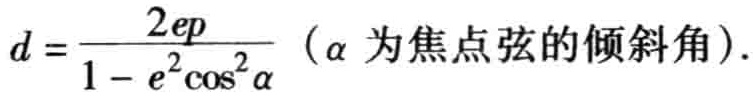
\(d = \frac{2ep}{1 - e^{2}\cos^{2}\alpha}\)（\(\alpha\) 为焦点弦的倾斜角）.